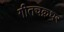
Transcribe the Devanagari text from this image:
गीतचक्रधर